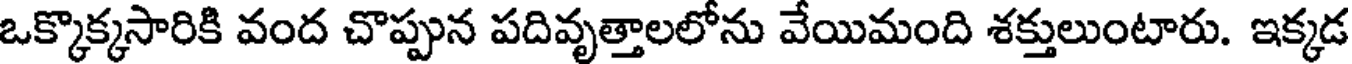
ఒక్కొక్కసారికి వంద చొప్పున పదివృత్తాలలోను వేయిమంది శక్తులుంటారు. ఇక్కడ